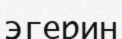
эгерин